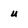
Character: U